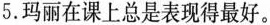
5.玛丽在课上总是表现得最好。